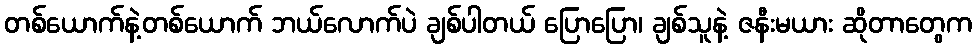
တစ်ယောက်နဲ့တစ်ယောက် ဘယ်လောက်ပဲ ချစ်ပါတယ် ပြောပြော၊ ချစ်သူနဲ့ ဇနီးမယား ဆိုတာတွေက